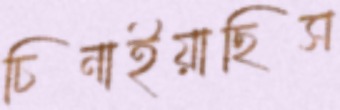
চিনাইয়াছিস